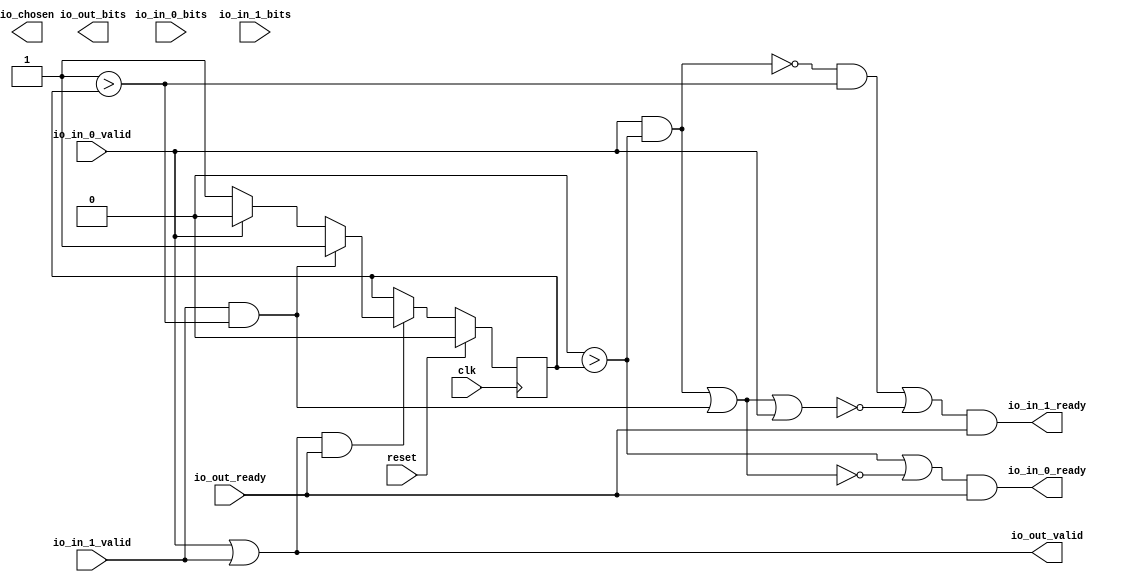
module RRArbiter_1(input clk, input reset,
    output io_in_0_ready,
    input  io_in_0_valid,
    input [31:0] io_in_0_bits,
    output io_in_1_ready,
    input  io_in_1_valid,
    input [31:0] io_in_1_bits,
    input  io_out_ready,
    output io_out_valid,
    output[31:0] io_out_bits,
    output io_chosen);
  wire T0;
  wire T1;
  wire T2;
  wire T3;
  wire T4;
  wire T5;
  wire T6;
  reg[0:0] last_grant;
  wire T7;
  wire T8;
  wire choose;
  wire T9;
  wire T10;
  wire T11;
  wire T12;
  wire T13;
  wire T14;
  wire T15;
  wire T16;
  wire T17;
  wire T18;
  wire T19;
  wire T20;
  wire T21;
  wire T22;
  assign io_out_valid = T0;
  assign T0 = io_in_0_valid || io_in_1_valid;
  assign io_in_0_ready = T1;
  assign T1 = T2 && io_out_ready;
  assign T2 = T14 || T3;
  assign T3 = ! T4;
  assign T4 = T12 || T5;
  assign T5 = io_in_1_valid && T6;
  assign T6 = 1'h1 > last_grant;
  assign T7 = io_out_valid && io_out_ready;
  assign T8 = T7 ? choose : last_grant;
  assign choose = T10 ? 1'h1 : T9;
  assign T9 = io_in_0_valid ? 1'h0 : 1'h1;
  assign T10 = io_in_1_valid && T11;
  assign T11 = 1'h1 > last_grant;
  assign T12 = io_in_0_valid && T13;
  assign T13 = 1'h0 > last_grant;
  assign T14 = 1'h0 > last_grant;
  assign io_in_1_ready = T15;
  assign T15 = T16 && io_out_ready;
  assign T16 = T20 || T17;
  assign T17 = ! T18;
  assign T18 = T19 || io_in_0_valid;
  assign T19 = T12 || T5;
  assign T20 = T22 && T21;
  assign T21 = 1'h1 > last_grant;
  assign T22 = ! T12;
  always @(posedge clk) begin
    if(reset) begin
      last_grant <= 1'h0;
    end else if(T7) begin
      last_grant <= T8;
    end
  end
endmodule